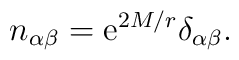
n_{\alpha \beta} = \mathrm{e}^{2 M/r} \delta_{\alpha \beta}.